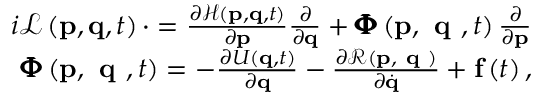
\begin{array} { r } { i \mathcal { L } \left( \mathbf { p } , \mathbf { q } , t \right) \cdot = \frac { \partial \mathcal { H } \left( \mathbf { p } , \mathbf { q } , t \right) } { \partial \mathbf { p } } \frac { \partial } { \partial \mathbf { q } } + \pmb { \Phi } \left( \mathbf { p } , \textbf { q } , t \right) \frac { \partial } { \partial \mathbf { p } } } \\ { \pmb { \Phi } \left( \mathbf { p } , \textbf { q } , t \right) = - \frac { \partial U \left( \mathbf { q } , t \right) } { \partial \mathbf { q } } - \frac { \partial \mathcal { R } \left( \mathbf { p } , \textbf { q } \right) } { \partial \dot { \mathbf { q } } } + \mathbf { f } \left( t \right) , } \end{array}